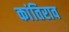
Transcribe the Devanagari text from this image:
कांतिराव